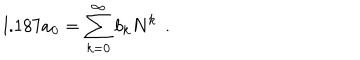
LaTeX: l . 1 8 7 a _ { 0 } = \sum _ { k = 0 } ^ { \infty } b _ { k } N ^ { k } \hspace { 1 e x } .